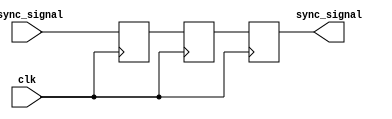
module async_to_sync_converter (
    input wire clk,               // System clock
    input wire async_signal,      // Asynchronous input signal
    output reg sync_signal        // Synchronized output signal
);

    // Internal signals for the dual flip-flop synchronizer
    reg dff1, dff2;

    // Dual Flip-Flop Synchronizer
    always @(posedge clk) begin
        dff1 <= async_signal;  // First flip-flop captures the async signal
        dff2 <= dff1;          // Second flip-flop ensures stability
    end

    // Output logic
    always @(posedge clk) begin
        sync_signal <= dff2;    // Output the stable synchronized signal
    end

endmodule